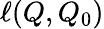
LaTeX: \ell(Q,Q_{0})